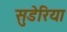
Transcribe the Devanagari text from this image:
सुडेरिया